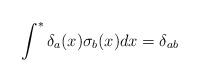
LaTeX: \begin{align*}\int^{\ast }\delta _{a}(x)\sigma _{b}(x)dx=\delta _{ab} \end{align*}